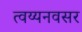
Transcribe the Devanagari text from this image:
त्वय्यनवसर